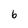
Character: 6